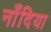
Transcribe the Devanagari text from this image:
नाँदिया